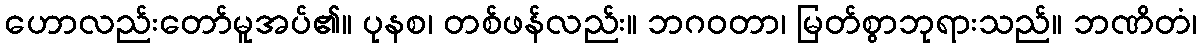
ဟောလည်းတော်မူအပ်၏။ ပုနစ၊ တစ်ဖန်လည်း။ ဘဂဝတာ၊ မြတ်စွာဘုရားသည်။ ဘဏိတံ၊